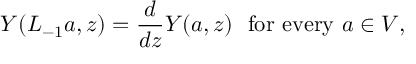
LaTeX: Y ( L _ { - 1 } a , z ) = \frac { d } { d z } Y ( a , z ) \ \ \mathrm { f o r ~ e v e r y ~ } a \in V ,